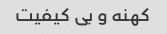
کهنه و بی کیفیت